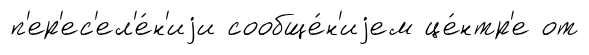
п'ер'ес'ел'е́н'иjи сообще́н'иjем це́нтр'е от